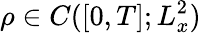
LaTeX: \rho\in C([0,T];L_{x}^{2})